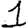
Digit: 1